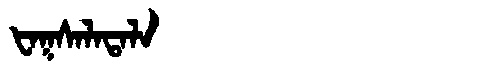
Manchu: ᡶᠠᡴᠰᠠᠯᠠᡨᠠᠯᠠ
Romanization: FAKSALATALA